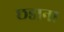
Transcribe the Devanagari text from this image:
छडाना